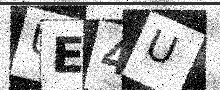
Text: UE4U